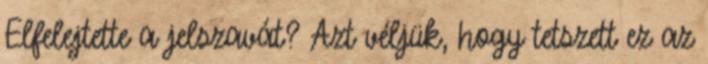
Elfelejtette a jelszavát? Azt véljük, hogy tetszett ez az